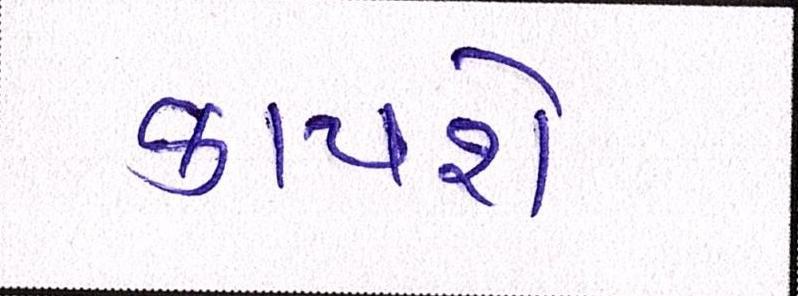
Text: કાપશે